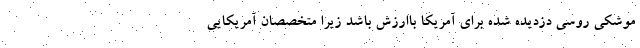
موشکی روسی دزدیده شده برای آمریکا باارزش باشد زیرا متخصصان آمریکایی